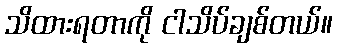
သိထားရတာကို ငါသိပ်ချစ်တယ်။